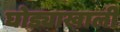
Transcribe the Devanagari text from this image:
घोड्याखाली